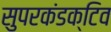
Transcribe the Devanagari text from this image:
सुपरकंडक्टिव